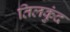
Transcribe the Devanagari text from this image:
तिलकुंद